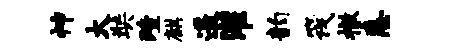
神大奘殪麒遥灌韵筏撤恚